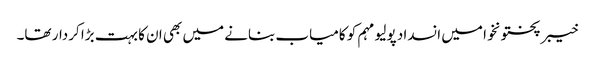
خیبر پختونخوا میں انسداد پولیو مہم کو کامیاب بنانے میں بھی ان کا بہت بڑا کردار تھا۔